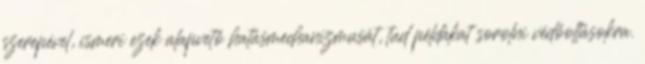
szerepével, ismeri ezek alapvető hatásmechanizmusát, tud példákat sorolni védőoltásokra.